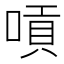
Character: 嗊